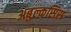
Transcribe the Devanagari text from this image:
अबुल्कसिस